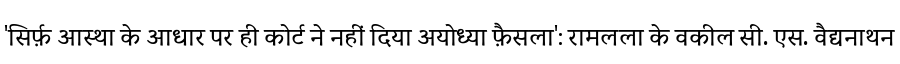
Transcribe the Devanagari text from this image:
'सिर्फ़ आस्था के आधार पर ही कोर्ट ने नहीं दिया अयोध्या फ़ैसला': रामलला के वकील सी. एस. वैद्यनाथन